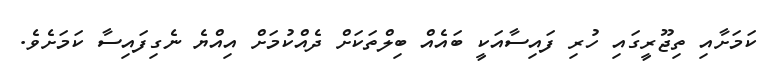
ކަމަށާއި ތިޖޫރީގައި ހުރި ފައިސާއަކީ ބައެއް ބިލްތަކަށް ދެއްކުމަށް އިއްޔެ ނެގިފައިސާ ކަމަށެވެ.